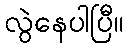
လွဲနေပါပြီ။